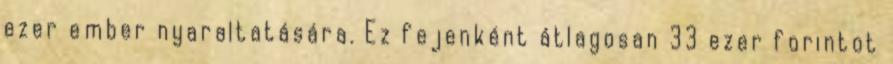
ezer ember nyaraltatására. Ez fejenként átlagosan 33 ezer forintot